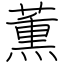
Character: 薫